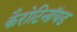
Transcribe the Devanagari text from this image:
कैरोटिनॉयड